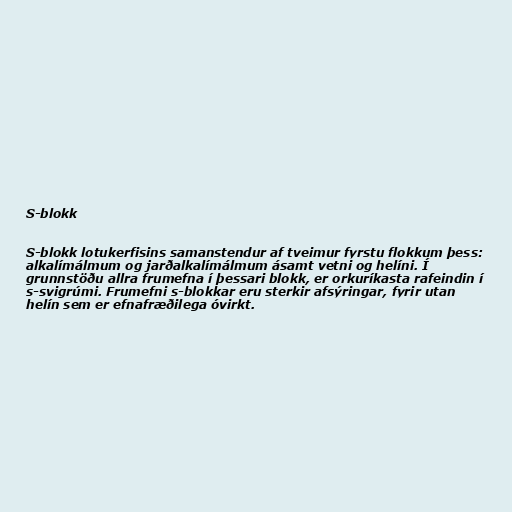
S-blokk

S-blokk lotukerfisins samanstendur af tveimur fyrstu flokkum þess:
alkalímálmum og jarðalkalímálmum ásamt vetni og helíni. Í
grunnstöðu allra frumefna í þessari blokk, er orkuríkasta rafeindin í
s-svigrúmi. Frumefni s-blokkar eru sterkir afsýringar, fyrir utan
helín sem er efnafræðilega óvirkt.